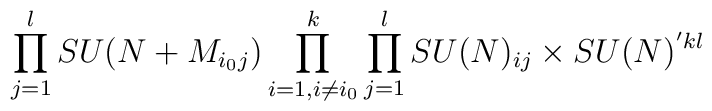
\prod_{j=1}^{l} SU(N + M_{i_{0} j}) \prod_{i=1, i \ne i_0}^{k} \prod_{j=1}^{l} SU(N)_{ij} \times SU(N)^{'kl}